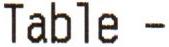
TABLE -